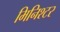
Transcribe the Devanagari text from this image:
मिनिश्टर